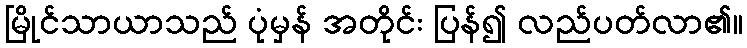
မြိုင်သာယာသည် ပုံမှန် အတိုင်း ပြန်၍ လည်ပတ်လာ၏။